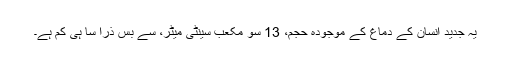
یہ جدید انسان کے دماغ کے موجودہ حجم، 13 سو مکعب سینٹی میٹر، سے بس ذرا سا ہی کم ہے۔